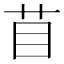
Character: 苜